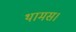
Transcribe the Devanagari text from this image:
थामस।